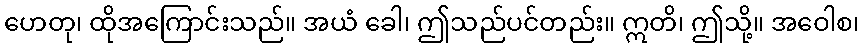
ဟေတု၊ ထိုအကြောင်းသည်။ အယံ ခေါ၊ ဤသည်ပင်တည်း။ ဣတိ၊ ဤသို့။ အဝေါစ၊